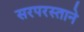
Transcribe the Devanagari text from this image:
सरपरस्ताने